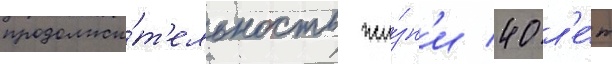
продолжи́т'ельность жи́зн'и 40 л'е́т